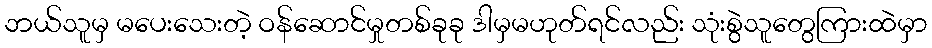
ဘယ်သူမှ မပေးသေးတဲ့ ဝန်ဆောင်မှုတစ်ခုခု ဒါမှမဟုတ်ရင်လည်း သုံးစွဲသူတွေကြားထဲမှာ